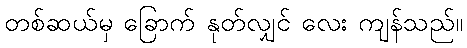
တစ်ဆယ်မှ ခြောက် နုတ်လျှင် လေး ကျန်သည်။